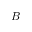
B